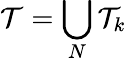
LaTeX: \mathcal T=\bigcup_{N}\mathcal T_{k}